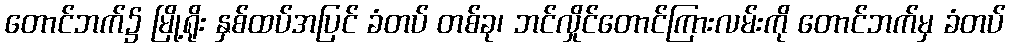
တောင်ဘက်၌ မြို့ရိုး နှစ်ထပ်အပြင် ခံတပ် တစ်ခု၊ ဘင်လှိုင်တောင်ကြားလမ်းကို တောင်ဘက်မှ ခံတပ်